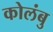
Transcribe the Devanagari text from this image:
कोलंबु